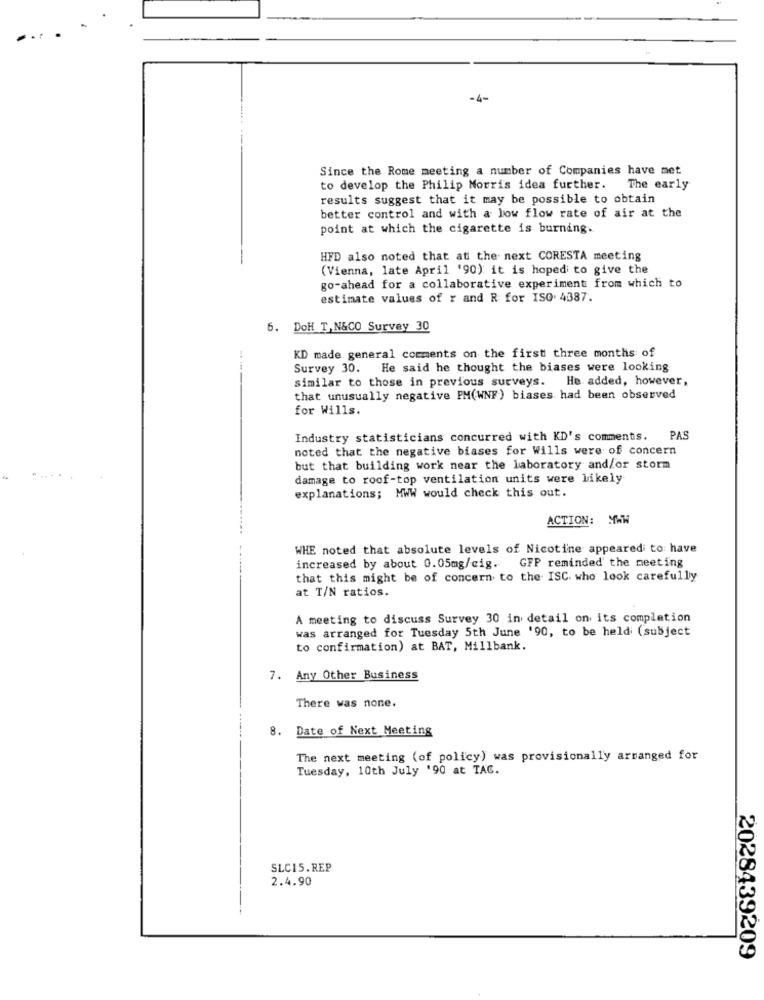
-4-
Since the Rome meeting a number of Companies have met
to develop the Philip Morris idea further. The early
results suggest that it may be possible to obtain
better control and with a low flow rate of air at the
point at which the cigarette is burning.
HFD also noted that at the next CORESTA meeting
(Vienna, late April '90) it is hopedi to give the
go-ahead for a collaborative experiment from which to
estimate values of r and R for ISO 4387.
6. DoH T, N&CO Survey 30
KD made general comments on the first three months of
Survey 30. He said he thought the biases were looking
similar to those in previous surveys.
He added, however,
that unusually negative PM(WNF) biases had been observed
for Wills.
Industry statisticians concurred with KD's comments. PAS
noted that the negative biases for Wills were of concern
but that building work near the laboratory and/or storm
damage to roof-top ventilation units were likely
explanations; MWW would check this out.
ACTION: MWW
WHE noted that absolute levels of Nicotine appeared to have
increased by about 0.05mg/cig.
GFP reminded the meeting
that this might be of concern to the ISC. who look carefully
at T/N ratios.
A meeting to discuss Survey 30 in detail on its completion
was arranged for Tuesday 5th June '90, to be held (subject
to confirmation) at BAT, Millbank.
7. Any Other Business
There was none.
8. Date of Next Meeting
The next meeting (of policy) was provisionally arranged for
Tuesday, 10th July '90 at TAC.
SLC15.REP
2.4.90
2028439209